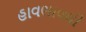
હાવભાવથી